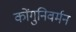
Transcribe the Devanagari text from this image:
कोंगुनिवर्मन